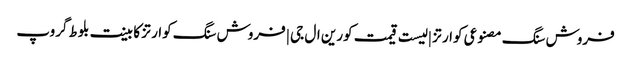
فروش سنگ مصنوعی کوارتز | لیست قیمت کورین ال جی | فروش سنگ کوارتز کابینت بلوط گروپ